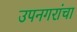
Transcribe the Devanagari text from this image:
उपनगरांचा